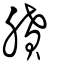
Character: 膹